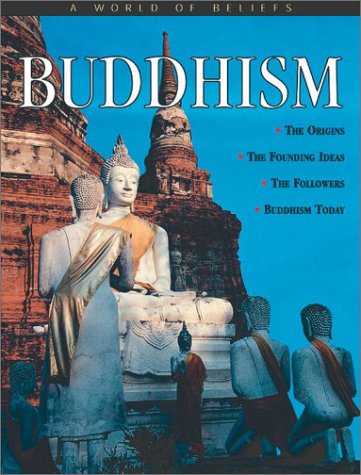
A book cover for Buddhism (World of Beliefs); Anita Ganeri; Children's Books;